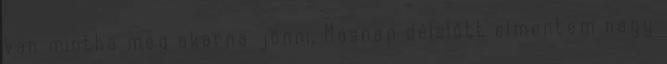
van mintha meg akarna jönni. Másnap délelőtt elmentem nagy